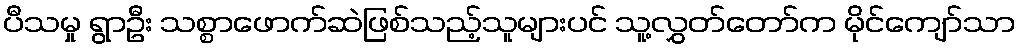
ပီသမှု ရွာဦး သစ္စာဖောက်ဆဲဖြစ်သည့်သူများပင် သူ့လွှတ်တော်က မိုင်ကျော်သာ